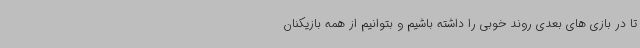
تا در بازی های بعدی روند خوبی را داشته باشیم و بتوانیم از همه بازیکنان